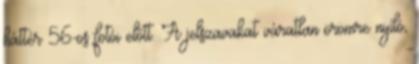
háttér 56-os fotói előtt. A jelszavakat váratlan örömre nyíló,